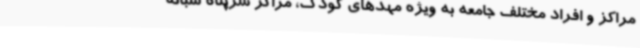
مراکز و افراد مختلف جامعه به ویژه مهدهای کودک، مراکز سرپناه شبانه